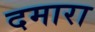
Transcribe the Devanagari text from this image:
दमारा